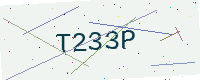
Text: T233P